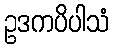
ဥဒကပိပါသံ